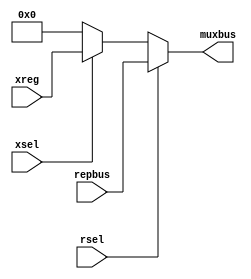
`timescale 1ns/1ns
module multiplx(input rsel,xsel, input[15:0] repbus,xreg,output [15:0] muxbus);
  assign muxbus=(rsel ? repbus : (xsel ? xreg :16'b 0)) ;
endmodule